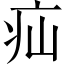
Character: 疝